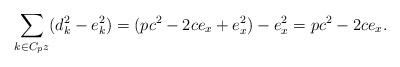
LaTeX: \begin{align*} \sum_{k\in C_pz} (d_k^2-e_k^2)=(pc^2 -2ce_x+e_x^2)-e_x^2=pc^2-2ce_x.\end{align*}